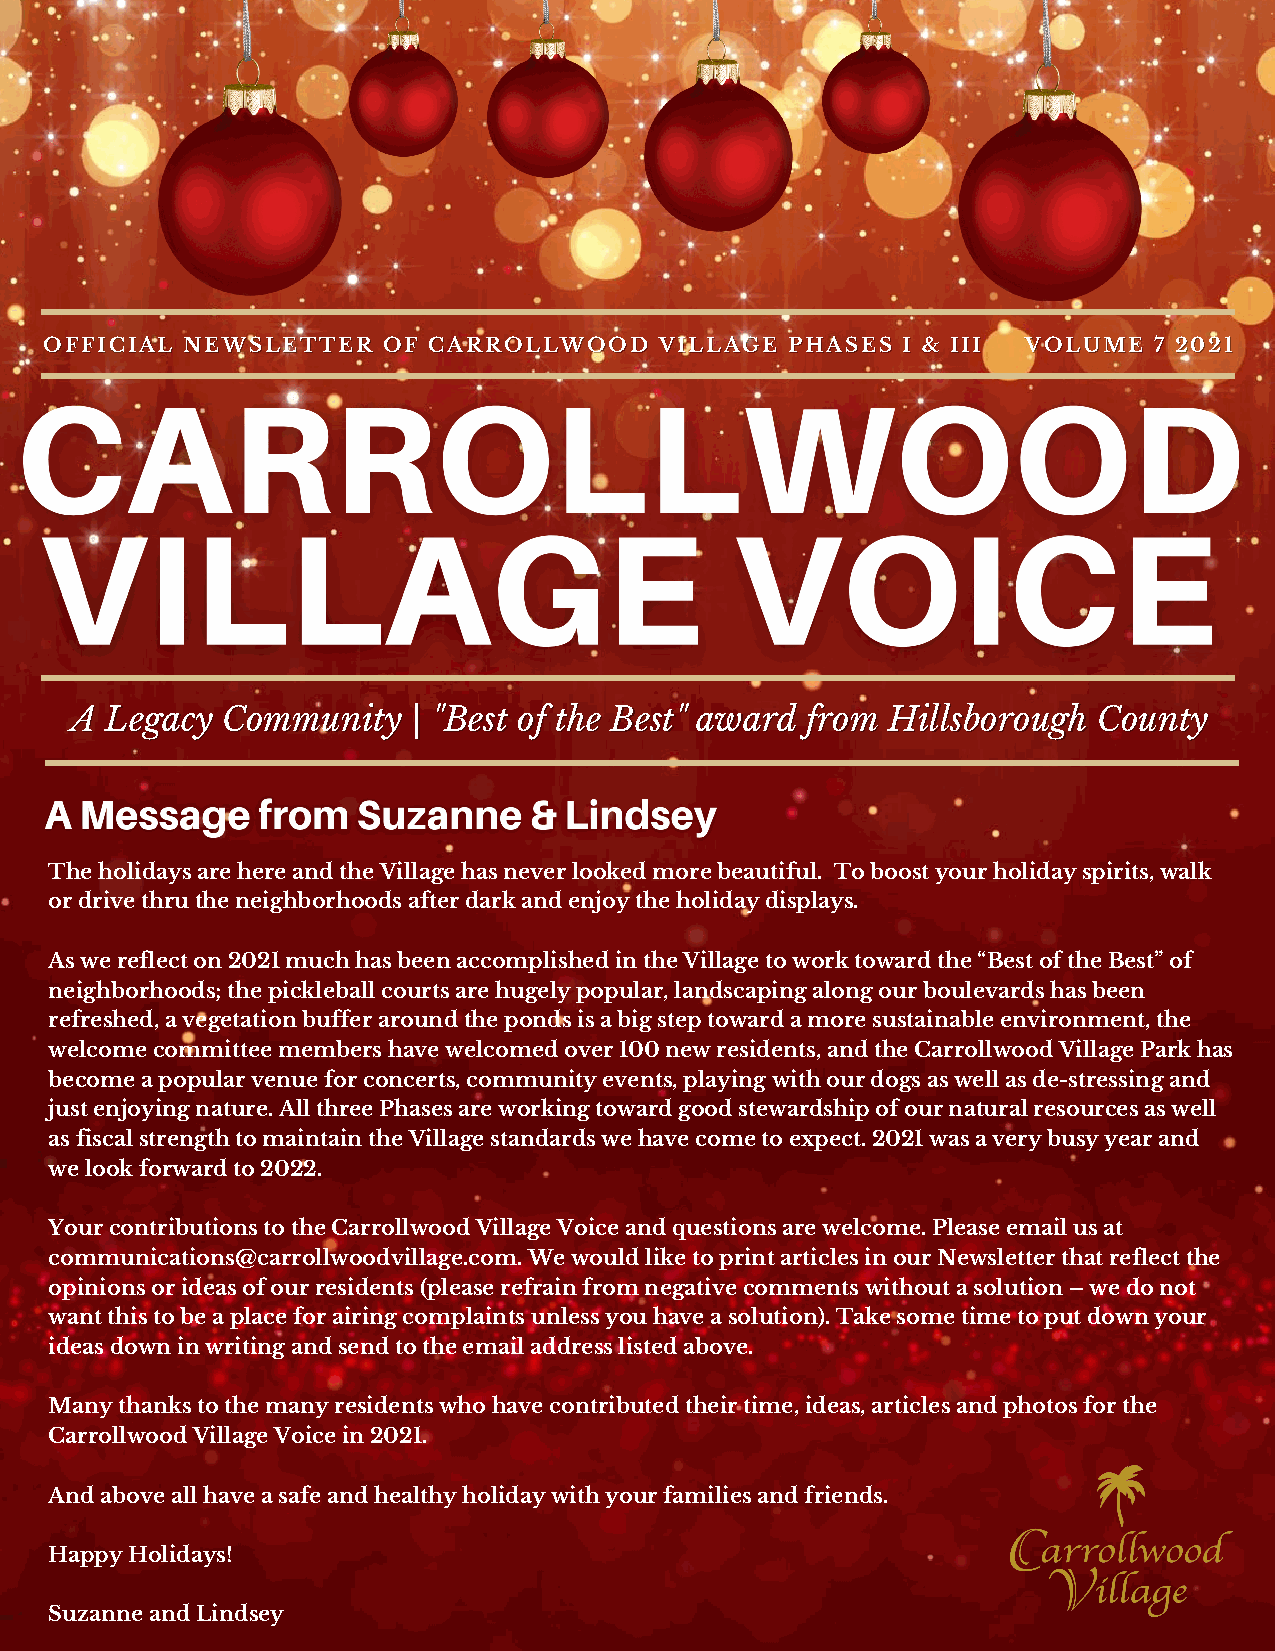
OOFFFFIICCIIAALL NNEEWWSSLLEETTTTEERR OOFF CCAARRRROOLLLLWWOOOODD VVIILLLLAAGGEE PPHHAASSEESS II && IIIIII VVOOLLUUMMEE 77 22002211
 AA LLeeggaaccyy CCoommmmuunniittyy || ""BBeesstt ooff tthhee BBeesstt"" aawwaarrdd ffrroomm HHiillllssbboorroouugghh CCoouunnttyy
 The holidays are here and the Village has never looked more beautiful. To boost your holiday spirits, walk
 or drive thru the neighborhoods after dark and enjoy the holiday displays.
 As we reflect on 2021 much has been accomplished in the Village to work toward the “Best of the Best” of
 neighborhoods; the pickleball courts are hugely popular, landscaping along our boulevards has been
 refreshed, a vegetation buffer around the ponds is a big step toward a more sustainable environment, the
 welcome committee members have welcomed over 100 new residents, and the Carrollwood Village Park has
 become a popular venue for concerts, community events, playing with our dogs as well as de-stressing and
 just enjoying nature. All three Phases are working toward good stewardship of our natural resources as well
 as fiscal strength to maintain the Village standards we have come to expect. 2021 was a very busy year and
 we look forward to 2022.
 Your contributions to the Carrollwood Village Voice and questions are welcome. Please email us at
 communications@carrollwoodvillage.com. We would like to print articles in our Newsletter that reflect the
 opinions or ideas of our residents (please refrain from negative comments without a solution – we do not
 want this to be a place for airing complaints unless you have a solution). Take some time to put down your
 ideas down in writing and send to the email address listed above.
 Many thanks to the many residents who have contributed their time, ideas, articles and photos for the
 Carrollwood Village Voice in 2021.
 And above all have a safe and healthy holiday with your families and friends.
 Happy Holidays!
 Suzanne and Lindsey